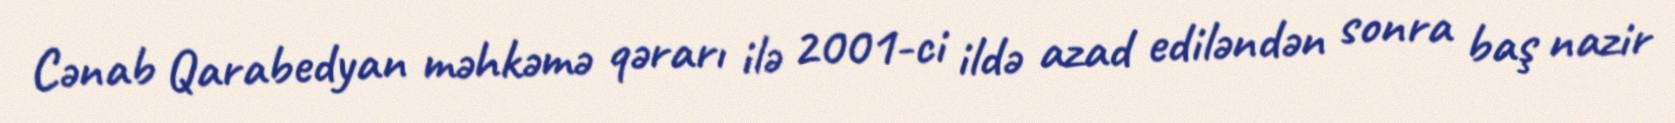
Cənab Qarabedyan məhkəmə qərarı ilə 2001-ci ildə azad ediləndən sonra baş nazir